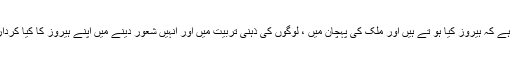
انہیں نہ پتہ ہے کہ ہیروز کیا ہو تے ہیں اور ملک کی پہچان میں ، لوگوں کی ذہنی تربیت میں اور انہیں شعور دینے میں اپنے ہیروز کا کیا کردار ہو تا ہے؟